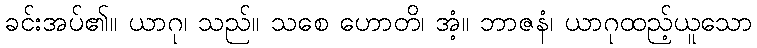
ခင်းအပ်၏။ ယာဂု၊ သည်။ သစေ ဟောတိ၊ အံ့။ ဘာဇနံ၊ ယာဂုထည့်ယူသော